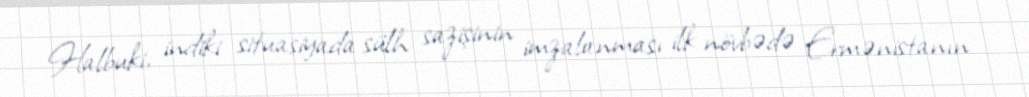
Halbuki, indiki situasiyada sülh sazişinin imzalanması ilk növbədə Ermənistanın